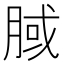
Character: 𣍻